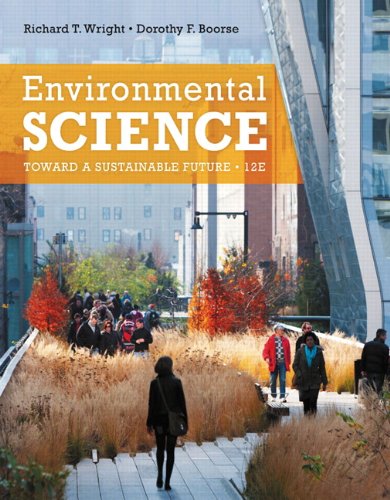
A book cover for Environmental Science: Toward a Sustainable Future (12th Edition); Richard T. Wright; Science & Math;